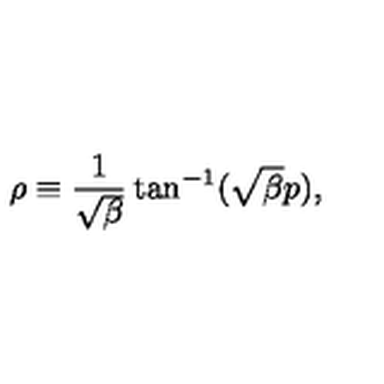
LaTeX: \rho \equiv \frac { 1 } { \sqrt { \beta } } \tan ^ { - 1 } ( \sqrt { \beta } p ) ,